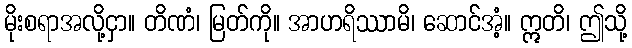
မိုးစရာအလို့ငှာ။ တိဏံ၊ မြတ်ကို။ အာဟရိဿာမိ၊ ဆောင်အံ့။ ဣတိ၊ ဤသို့